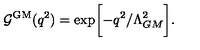
{ \cal G } ^ { \mathrm { G M } } ( q ^ { 2 } ) = \exp \biggl [ - q ^ { 2 } / \Lambda _ { G M } ^ { 2 } \biggr ] .